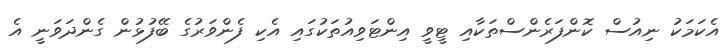
އެކަމަކު ނިއުސް ކޮންފަރެންސްތަކާއި ޓީވީ އިންޓަވިއުތަކުގައި އެކި ފެންވަރުގެ ބޭފުޅުން ގެންދަވަނީ އެ